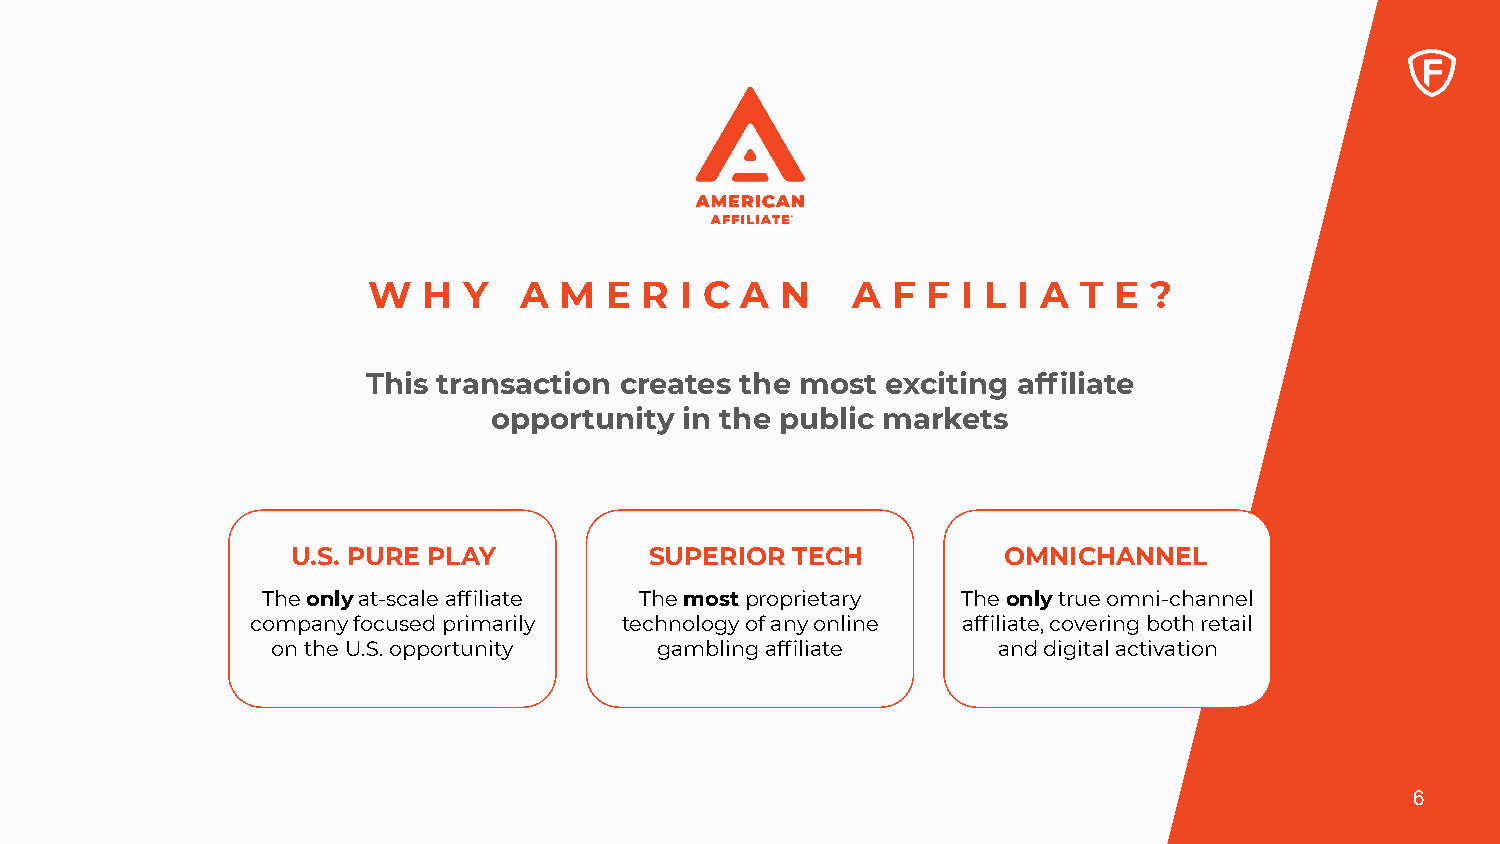
W   H  Y  A  M  E  R I C A  N    A F F  I L I A T E ?
 This transaction creates the most  exciting affiliate
 opportunity in the public markets
 U.S. PURE PLAY          SUPERIOR TECH          OMNICHANNEL
 The only at-scale affiliate The most proprietary The only true omni-channel
 company focused primarily technology of any online affiliate, covering both retail
 on the U.S. opportunity   gambling affiliate    and digital activation
 6